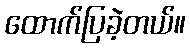
ထောက်ပြခဲ့တယ်။